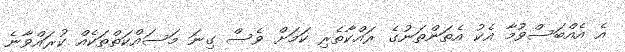
އެ އެއްބަސްވުމާ އެކު އެތަންތަނުގެ ރައްކާތެރި ކަމަށް ވެސް ގިނަ މަސައްކަތްތަކެއް ކުރައްވާނެ